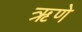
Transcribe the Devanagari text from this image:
ऋणे